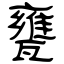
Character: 甕